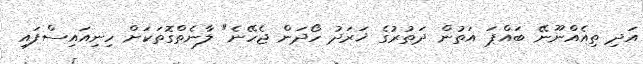
އަދި ތިއެއްނޫނޭ ބައްޕަ އަތުން ދަތުރުގެ ޚަރަދު ހޯދަން ޖެހޭނެ" ލާނެތްގޮތަކަށް ހިނިއައިސްފައި